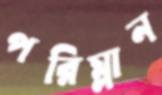
পরিম্লান